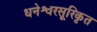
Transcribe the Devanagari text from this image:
धनेश्वरसूरिकृत